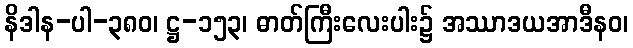
နိဒါန-ပါ-၃၈၀၊ ဋ္ဌ-၁၅၃၊ ဓာတ်ကြီးလေးပါး၌ အဿာဒယအာဒီနဝ၊